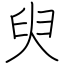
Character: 臾